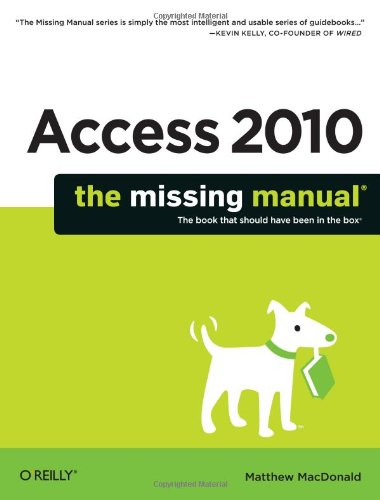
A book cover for Access 2010: The Missing Manual; Matthew MacDonald; Computers & Technology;